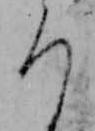
ろ